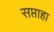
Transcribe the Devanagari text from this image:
सप्ताहा